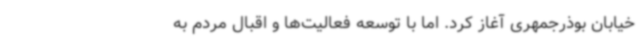
خیابان بوذرجمهری آغاز کرد. اما با توسعه فعالیت‌ها و اقبال مردم به